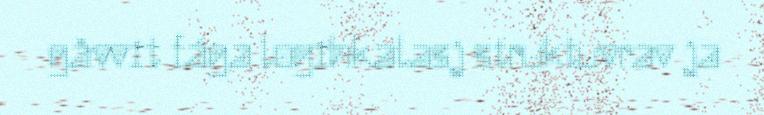
gåvvit fága logihkalasj struktuvrav ja